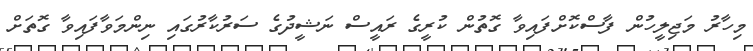
މިހާރު މަޖިލީހުން ފާސްކޮށްފައިވާ ގޮތުން ކުރީގެ ރައީސް ނަޝީދުގެ ސަރުކާރުގައި ނިންމަވާފައިވާ ގޮތަށް